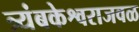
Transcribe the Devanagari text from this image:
त्र्यंबकेश्वराजवळ